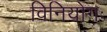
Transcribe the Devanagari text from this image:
विनियोगः